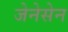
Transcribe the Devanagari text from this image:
जेनेसेन